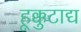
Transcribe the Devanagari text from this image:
हूक्कुटाद्य